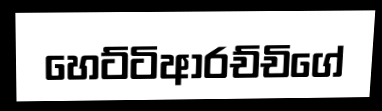
හෙට්ටිආරච්චිගේ